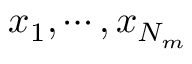
x _ { 1 } , \cdots , x _ { N _ { m } }